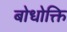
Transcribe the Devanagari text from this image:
बोधोक्ति